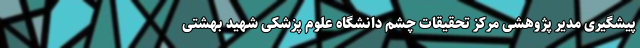
پیشگیری مدیر پژوهشی مرکز تحقیقات چشم دانشگاه علوم پزشکی شهید بهشتی